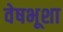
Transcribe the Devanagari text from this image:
वेषभूशा